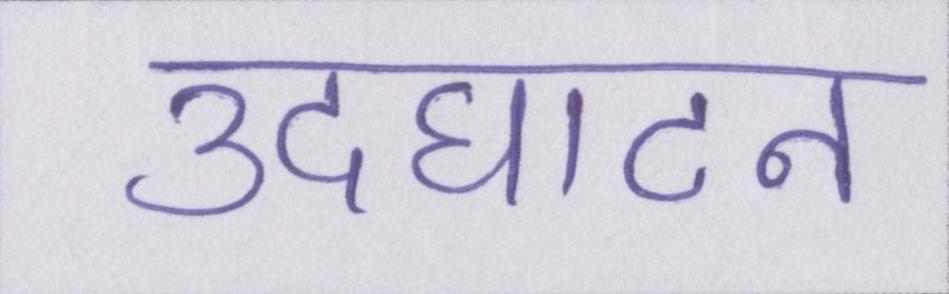
उदघाटन